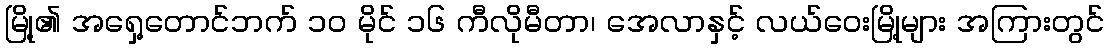
မြို့၏ အရှေ့တောင်ဘက် ၁၀ မိုင် ၁၆ ကီလိုမီတာ၊ အေလာနှင့် လယ်ဝေးမြို့များ အကြားတွင်